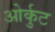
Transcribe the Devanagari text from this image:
ओर्कुट